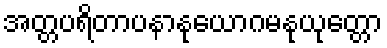
အတ္တပရိတာပနာနုယောဂမနုယုတ္တော